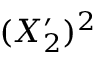
( X _ { 2 } ^ { \prime } ) ^ { 2 }